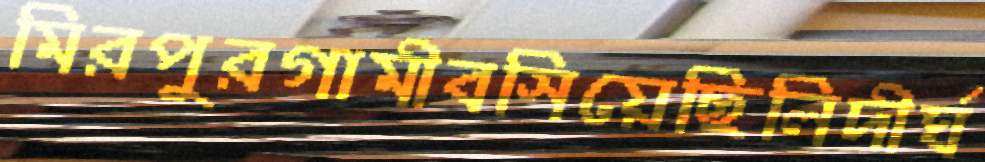
মিরপুরগামীবসিয়েছিলিদীর্ঘ